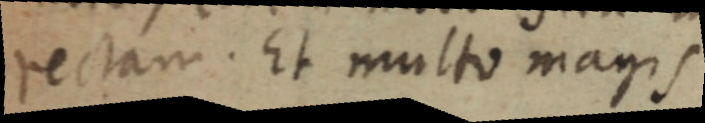
rectam. Et multo magis